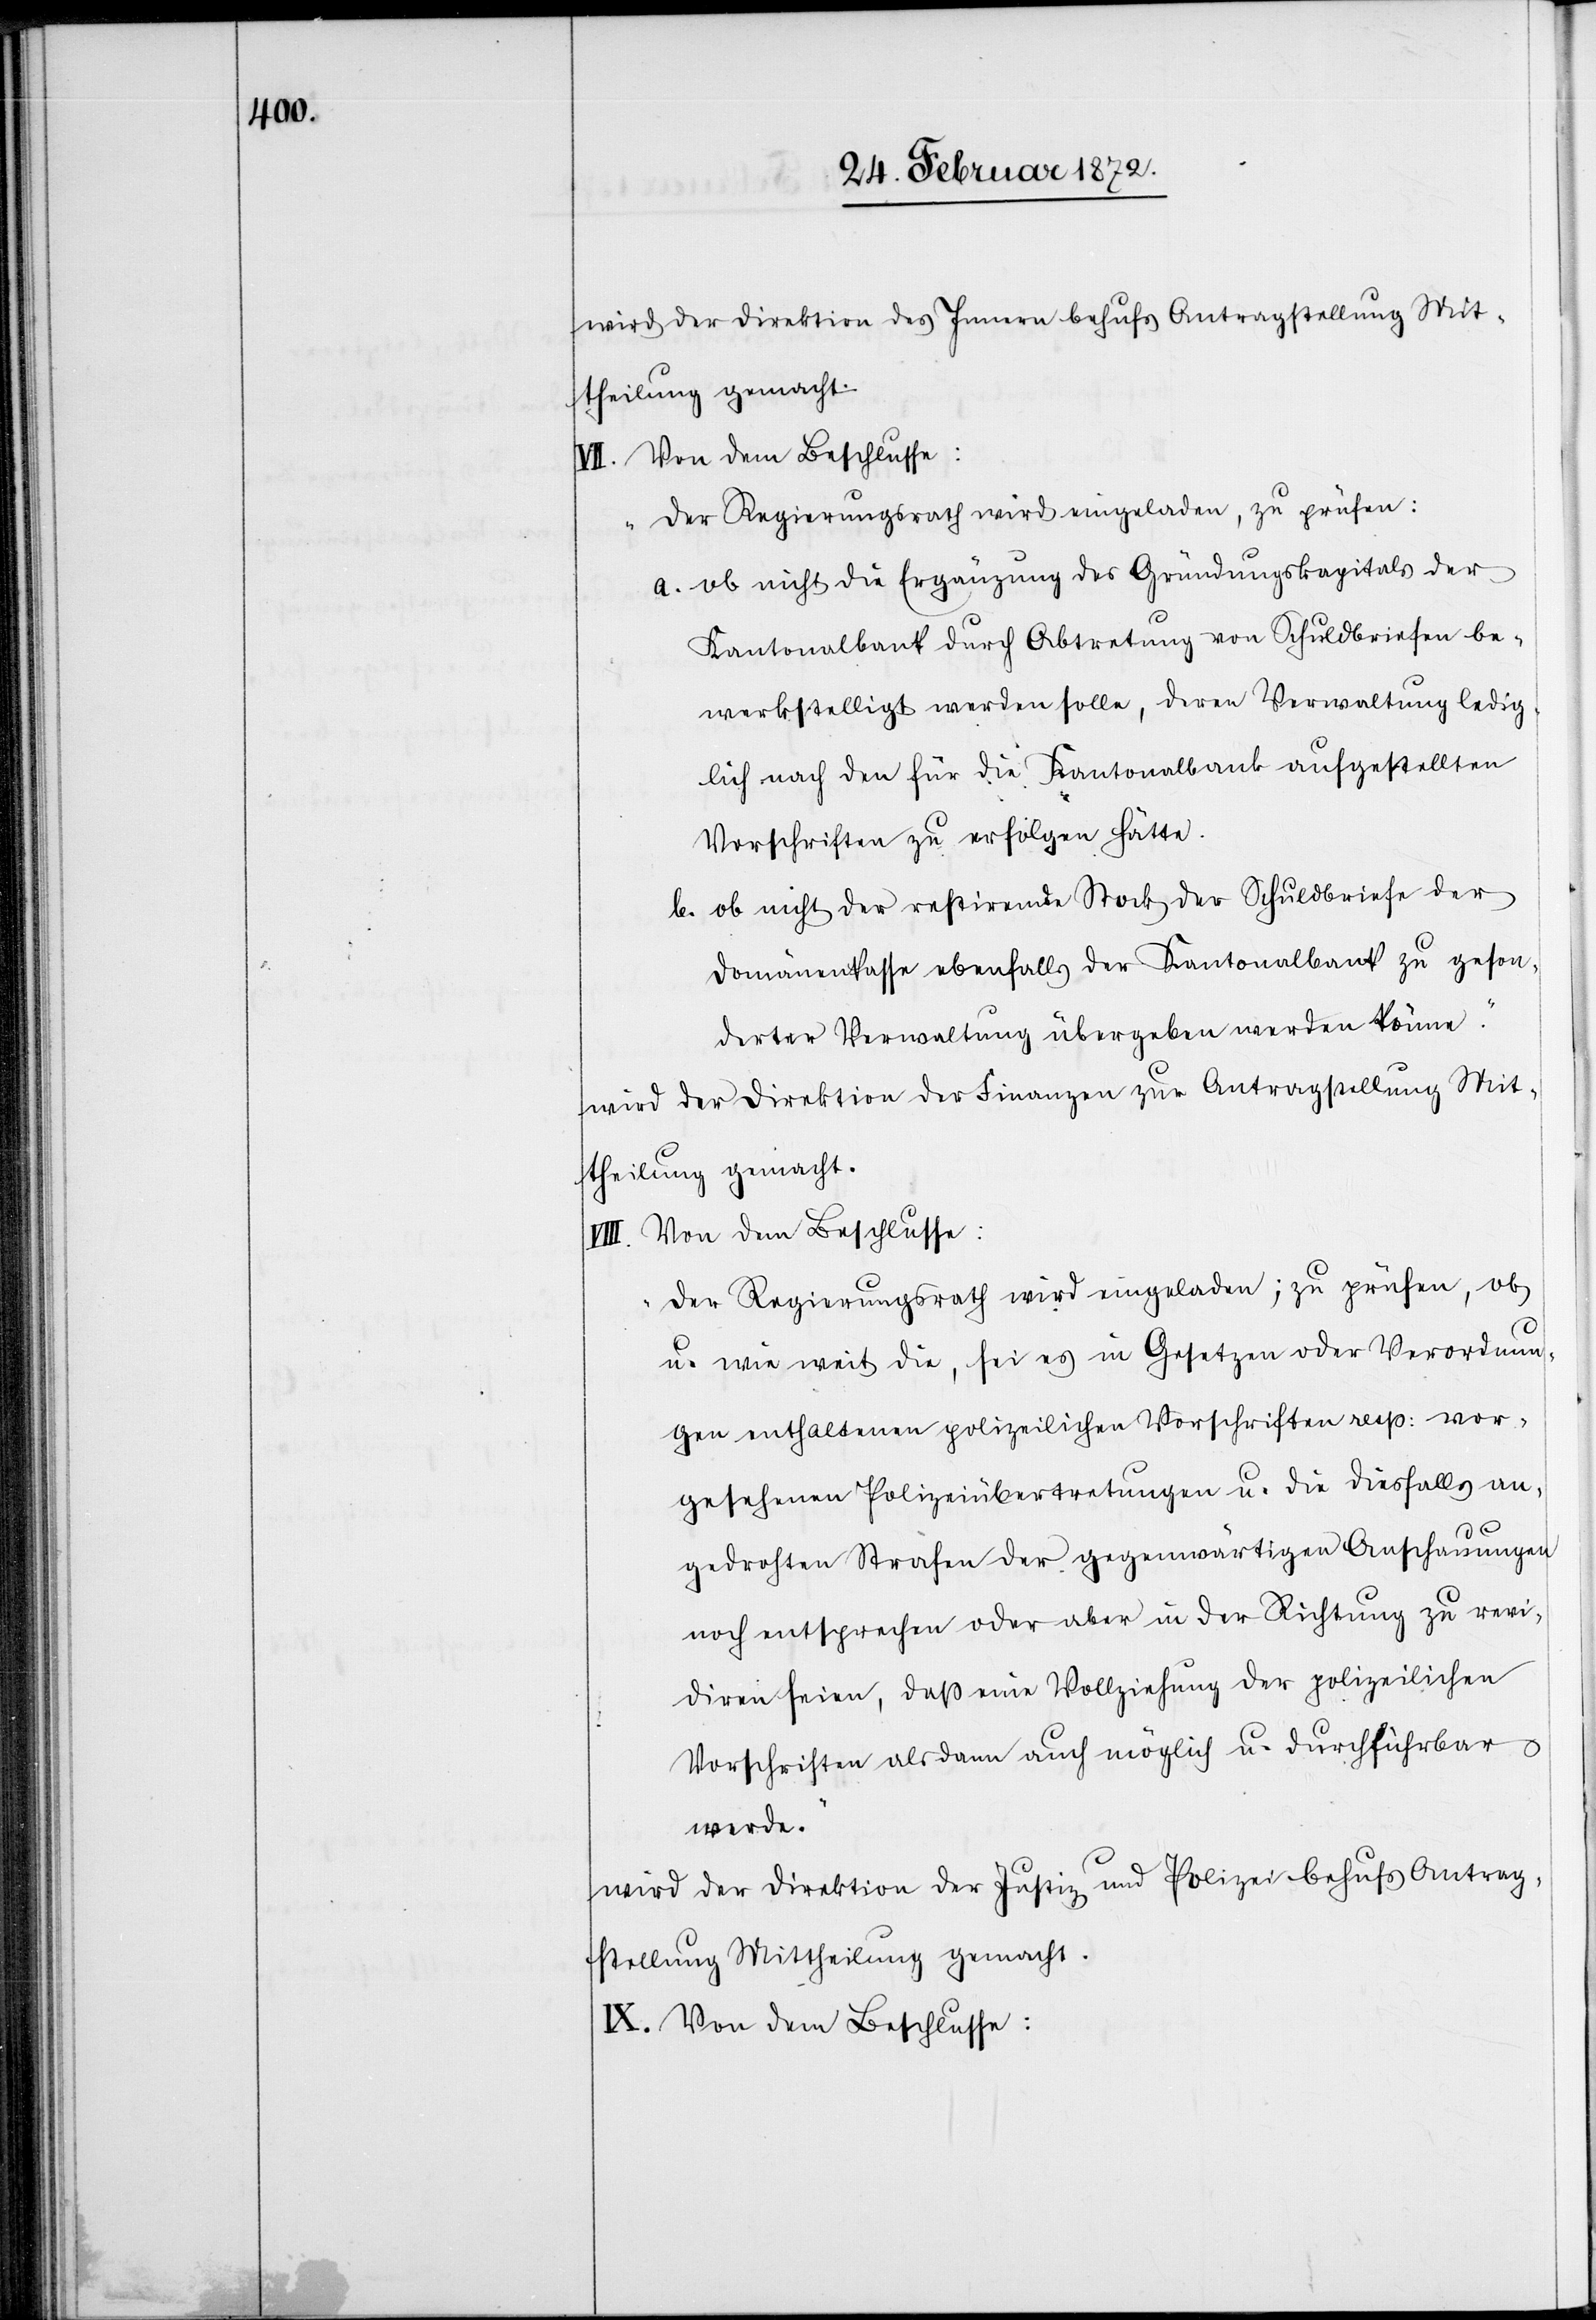
wird der Direktion des Innern behufs Antragstellung Mit¬
theilung gemacht.
VII. Von dem Beschlusse:
„Der Regierungsrath wird eingeladen, zu prüfen:
a. ob nicht die Ergänzung des Gründungskapitals der
Kantonalbank durch Abtretung von Schuldbriefen be¬
werkstelligt werden solle, deren Verwaltung ledig¬
lich nach den für die Kantonalbank aufgestellten
Vorschriften zu erfolgen hätte.
b. ob nicht der restirende Stock der Schuldbriefe der
Domänenkasse ebenfalls der Kantonalbank zu geson¬
derten Verwaltung übergeben werden könne.“
wird der Direktion der Finanzen zur Antragstellung Mit¬
theilung gemacht.
VIII. Von dem Beschlusse:
„Der Regierungsrath wird eingeladen, zu prüfen, ob
u. wie weit die, sei es in Gesetzen oder Verordnun¬
gen enthaltenen polizeilichen Vorschriften resp. vor¬
gesehenen Polizeiübertretungen u. diesfalls an¬
gedrohten Strafen der gegenwärtigen Anschauungen
noch entsprechen oder aber in der Richtung zu revi¬
diren seien, daß eine Vollziehung der polizeilichen
Vorschriften als dann auch möglich u. durchführbar
werde.“
wird der Direktion der Justiz- u. Polizei behufs Antrag¬
stellung Mittheilung gemacht.
IX. Von dem Beschlusse: